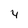
Character: 4